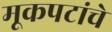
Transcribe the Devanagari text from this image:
मूकपटांचे